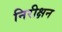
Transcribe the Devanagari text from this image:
निरीक्षन